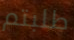
طلبتم